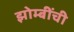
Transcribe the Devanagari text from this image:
झोम्बींची